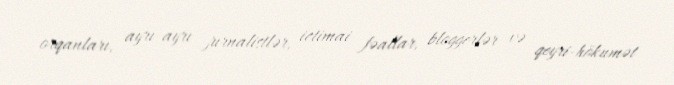
orqanları, ayrı-ayrı jurnalistlər, ictimai fəallar, bloggerlər və qeyri-hökumət